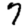
Digit: 7